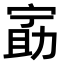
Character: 𫦵